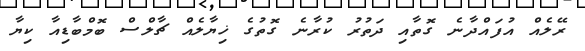
ރޭލެއް އުފައްދާނެ ގޮތާއި ދަތުރު ކުރާނެ ގޮތުގެ ޚިޔާލެއް ޗާލްސް ބޮމްބާޑިއާ ކިޔާ